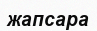
жапсара